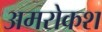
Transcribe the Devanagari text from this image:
अमरोकश